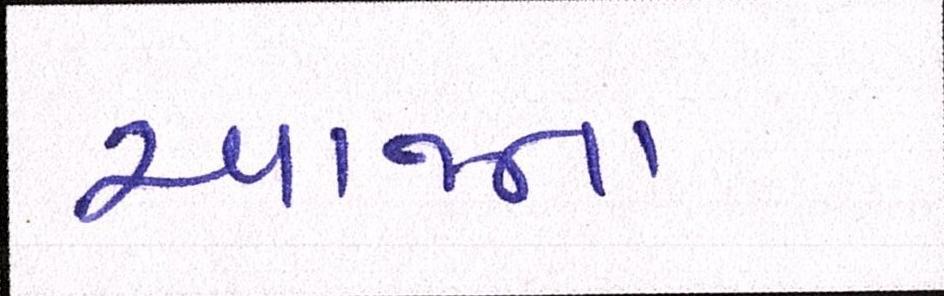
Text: આજના